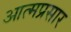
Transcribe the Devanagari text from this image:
आत्मप्रसार